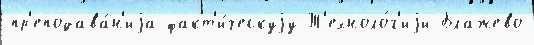
пр'еподава́н'иjа факт'и́ческуjу Т'ехноло́г'иjи Блажево